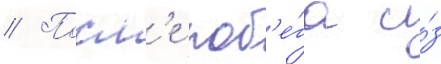
// Посл'е поб'е́га и́з